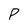
Character: P